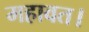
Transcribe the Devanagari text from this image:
महावत।